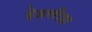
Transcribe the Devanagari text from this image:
हेडलीहा